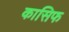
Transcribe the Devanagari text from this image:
कासिफ